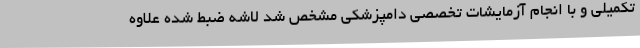
تکمیلی و با انجام آزمایشات تخصصی دامپزشکی مشخص شد لاشه ضبط شده علاوه